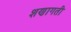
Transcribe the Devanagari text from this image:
शणागती